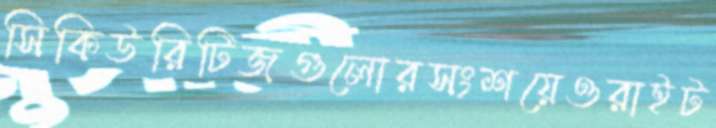
সিকিউরিটিজগুলোরসংশয়েওরাইট